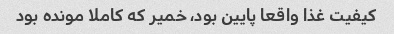
کیفیت غذا واقعا پایین بود، خمیر که کاملا مونده بود